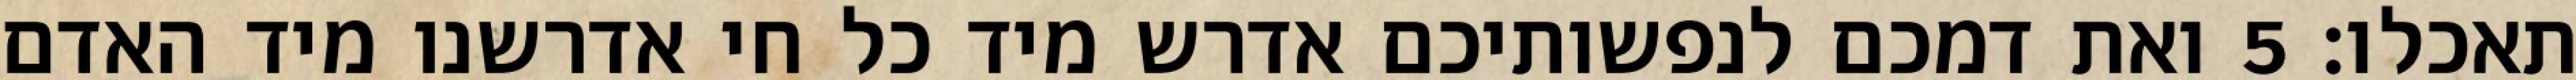
תאכלו׃ ‎5‏ ואת דמכם לנפשותיכם אדרש מיד כל חי אדרשנו מיד האדם